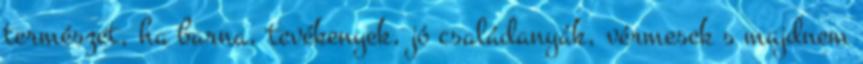
természet, ha barna, tevékenyek, jó családanyák, vérmesek s majdnem